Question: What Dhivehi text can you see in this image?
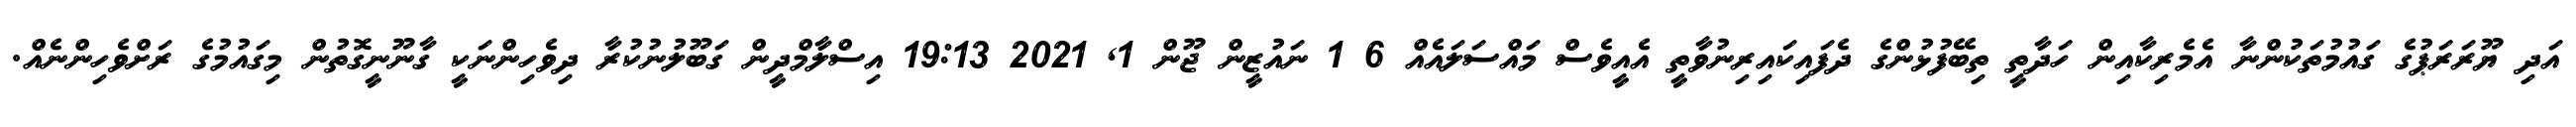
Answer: އަދި ޔޫރަރަޕުގެ ގައުމުތަކުންނާ އެމެރިކާއިން ހަދާތީ ތިބޭފުޅުންގެ ދެފައިކައިރިނުވާތީ އެއީވެސް މައްސަލައެއް 6 1 ނައުޒީން ޖޫން 1, 2021 19:13 އިސްލާމްދީން ގަބޫލުނުކުރާ ދިވެހިންނަކީ ގާނޫނީގޮތުން މިގައުމުގެ ރަށްވެހިންނެއް.